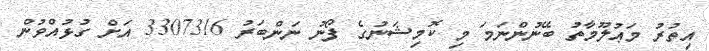
އިތުރު މަޢުލޫމާތު ބޭނުންނަމަ މި ކޮމިޝަނުގެ ފޯނު ނަންބަރު 3307316 އަށް ގުޅުއްވުން